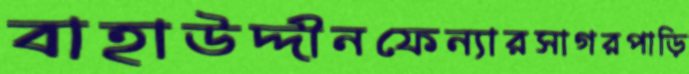
বাহাউদ্দীনফেন্যারসাগরপাড়ি